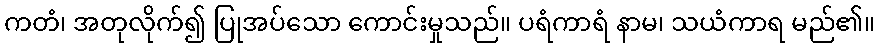
ကတံ၊ အတုလိုက်၍ ပြုအပ်သော ကောင်းမှုသည်။ ပရံကာရံ နာမ၊ သယံကာရ မည်၏။